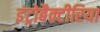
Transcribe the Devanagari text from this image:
इंट्रोबैक्टीरिया